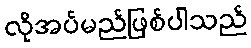
လိုအပ်မည်ဖြစ်ပါသည်